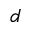
d